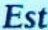
Est